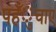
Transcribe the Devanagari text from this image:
पहँुचाए